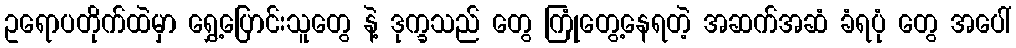
ဥရောပတိုက်ထဲမှာ ရွှေ့ပြောင်းသူတွေ နဲ့ ဒုက္ခသည် တွေ ကြုံတွေ့နေရတဲ့ အဆက်အဆံ ခံရပုံ တွေ အပေါ်